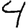
Digit: 4